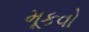
મૂકવો